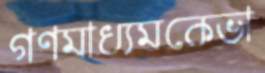
গণমাধ্যমকেভা